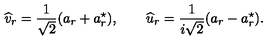
\widehat v _ { r } = \frac { 1 } { \sqrt 2 } ( a _ { r } + a _ { r } ^ { \star } ) , \qquad \widehat u _ { r } = \frac { 1 } { i \sqrt 2 } ( a _ { r } - a _ { r } ^ { \star } ) .